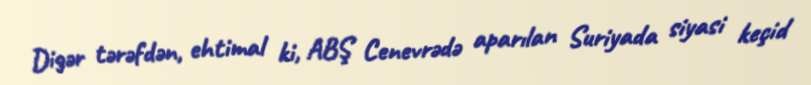
Digər tərəfdən, ehtimal ki, ABŞ Cenevrədə aparılan Suriyada siyasi keçid